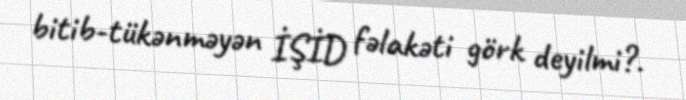
bitib-tükənməyən İŞİD fəlakəti görk deyilmi?.